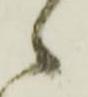
候